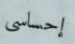
إحساسي